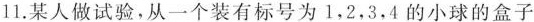
11.某人做试验，从一个装有标号为1，2，3，4的小球的盒子